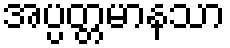
အပ္ပတ္တမာနသာ